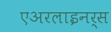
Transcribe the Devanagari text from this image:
एअरलाइनर्स